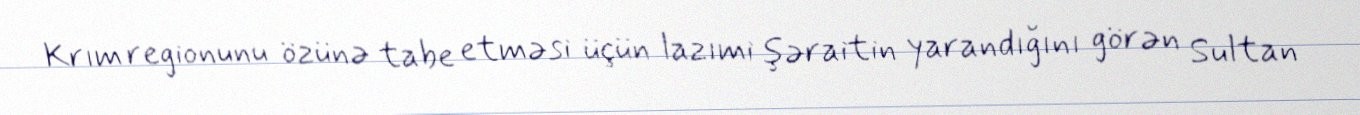
Krım regionunu özünə tabe etməsi üçün lazımi şəraitin yarandığını görən Sultan